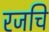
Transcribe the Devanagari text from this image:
रजचि